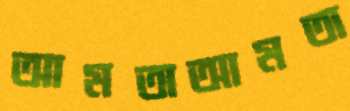
আমতাআমতা